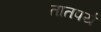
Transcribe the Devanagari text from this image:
तातपर्य